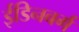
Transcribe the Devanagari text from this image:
ईडिनबर्ग